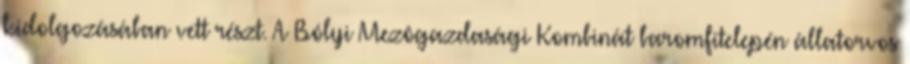
kidolgozásában vett részt. A Bólyi Mezôgazdasági Kombinát baromfitelepén állatorvos